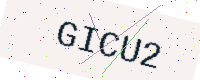
Text: GICU2